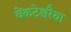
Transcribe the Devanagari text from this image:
वेंकटेश्वरैया